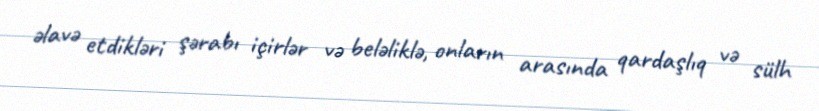
əlavə etdikləri şərabı içirlər və beləliklə, onların arasında qardaşlıq və sülh